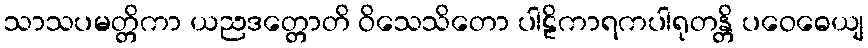
သာသပမတ္တိကာ ယညဒတ္တောတိ ဝိသေသိတော ပါဠိကာရကပါရုတန္တိ ပဝေဓေယျ